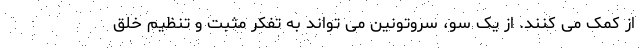
از کمک می کنند. از یک سو، سروتونین می تواند به تفکر مثبت و تنظیم خلق